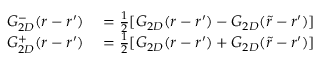
\begin{array} { r l } { G _ { 2 D } ^ { - } ( \boldsymbol { r } - \boldsymbol { r ^ { \prime } } ) } & { { } = \frac { 1 } { 2 } [ G _ { 2 D } ( \boldsymbol { r } - \boldsymbol { r ^ { \prime } } ) - G _ { 2 D } ( \boldsymbol { \tilde { r } } - \boldsymbol { r ^ { \prime } } ) ] } \\ { G _ { 2 D } ^ { + } ( \boldsymbol { r } - \boldsymbol { r ^ { \prime } } ) } & { { } = \frac { 1 } { 2 } [ G _ { 2 D } ( \boldsymbol { r } - \boldsymbol { r ^ { \prime } } ) + G _ { 2 D } ( \boldsymbol { \tilde { r } } - \boldsymbol { r ^ { \prime } } ) ] } \end{array}